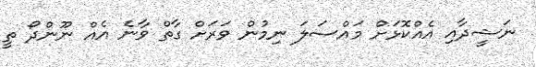
ނަޝީދާއި އެއްކޮޅަށް މައްސަލަ ނިމުން ވަރަށް ގާތް ވާނެ އެއް ނޫންދޯ ތީ